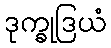
ဒုက္ခုဒြယံ